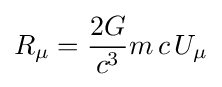
R_{\mu }={\frac {2G}{c^{3}}}m\,c\,U_{\mu }